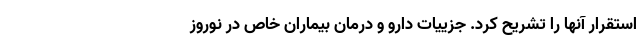
استقرار آنها را تشریح کرد. جزییات دارو و درمان بیماران خاص در نوروز